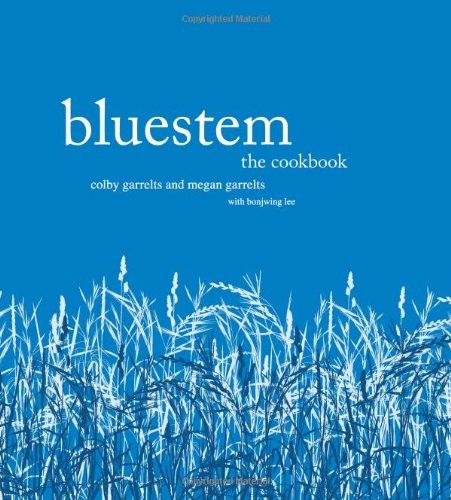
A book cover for Bluestem: The Cookbook; Colby Garrelts; Cookbooks, Food & Wine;